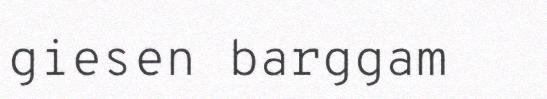
giesen barggam